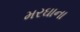
મરઘાના